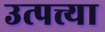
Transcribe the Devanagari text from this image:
उत्पत्त्या